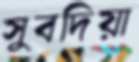
সুবদিয়া